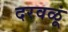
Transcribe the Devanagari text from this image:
दरवळूं